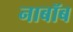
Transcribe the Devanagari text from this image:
नाबॉब